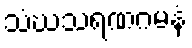
သံဃသရဏဂမနံ